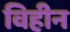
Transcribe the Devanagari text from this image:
विहीन